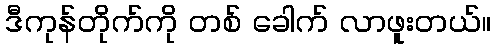
ဒီကုန်တိုက်ကို တစ် ခေါက် လာဖူးတယ်။